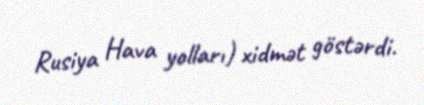
Rusiya Hava yolları) xidmət göstərdi.